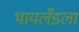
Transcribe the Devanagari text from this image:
थायलँडला